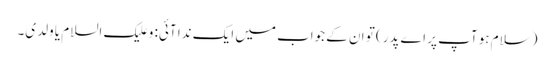
(سلام ہو آپ پر اے پدر) تو ان کے جواب میں ایک ندا آئی: و علیک السلام یا ولدی۔